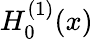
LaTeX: H_{0}^{(1)}(x)